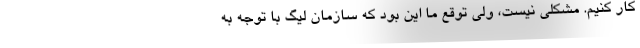
کار کنیم. مشکلی نیست، ولی توقع ما این بود که سازمان لیگ با توجه به